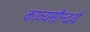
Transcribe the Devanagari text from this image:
काव्यसौन्दर्य